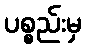
ပစ္စည်းမှ